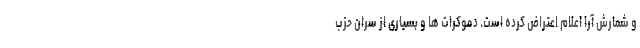
و شمارش آرا اعلام اعتراض کرده است. دموکرات ها و بسیاری از سران حزب